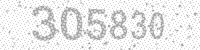
Solution: 305830